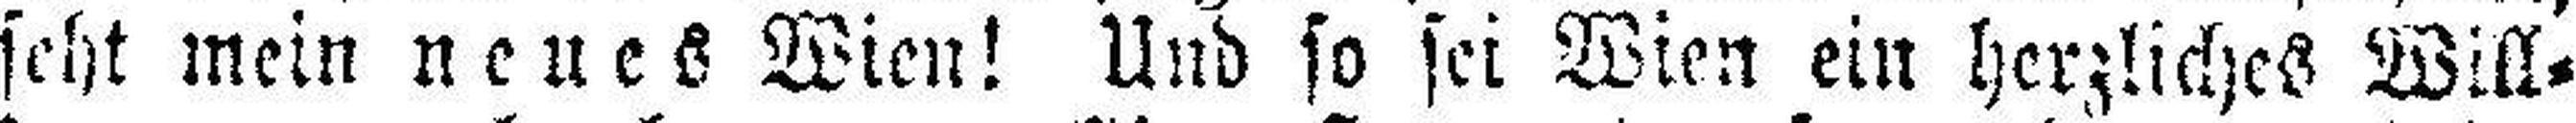
seht mein neues Wien! Und so sei Wien ein herzliches Will¬